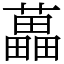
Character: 藟